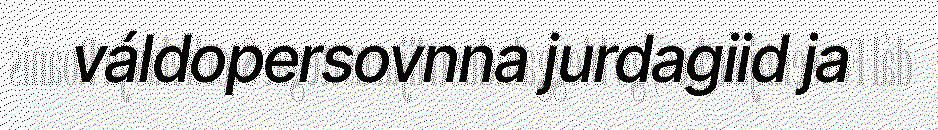
váldopersovnna jurdagiid ja